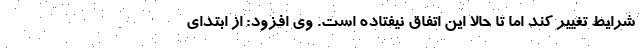
شرایط تغییر کند اما تا حالا این اتفاق نیفتاده است. وی افزود: از ابتدای